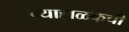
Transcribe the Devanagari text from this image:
न्याहाळकची